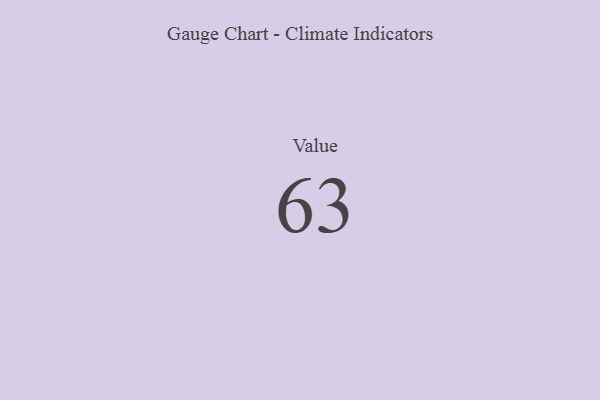
{"axis": {"x": "Metric", "y": "Value"}, "legend": [""], "data": [{"x": "Value", "y": 63, "type": ""}]}